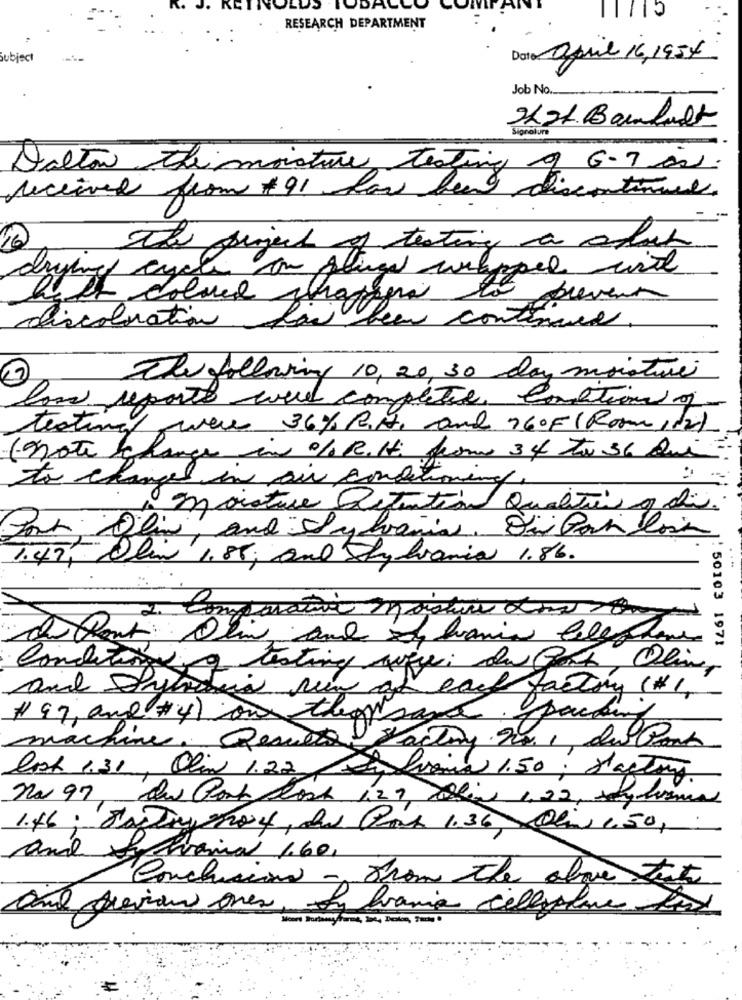
ODALL
1715
RESEARCH DEPARTMENT
ubject
Date april 16,1954
Job No.
22t. Bankalt
Signature
Dalton themoisture testing of 6-7 av.
received from # 91 how heed discontinued.
The siger of testing a allah
drying cycle on frage welpped with
to prevent
discoloration
has been continued.
The following 10, 20, 30 day moisture
low reporte were completed Conction of
testing were 36% R.A. and 160F(Rom , 12)
(note Schange in /0 RoHi from 34 ta 36 Qui.
to changes in air conditioning,
1 moisture Retention Qualiti y di.
Jar Olim, and Il y haniel. Oni Pork loin
1.45, Olin 1.85; and Shy hania 1.86.
2. Comparativa maistua dos ,
: 50103 1971
Conditions of testing suey; du Gott, Olive,
at each facting (#1,
# 97, and #4) on thousand. packing
machin
Line. Resulta!
& #acting no. 1 de Cont
Cash 1.31, Olin 1.22 Dh Linia 1.50 ; Haftung
no 97, De Port Rock 129, Colinas 1,22, stylisme
1.46; Jastayho4, de Gas 1.36, Olis 1,50,
and
Avaria 1.60,
Conclusiona -
from the above forte
ana Acevian ores,
La francia cellophane